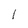
Character: l